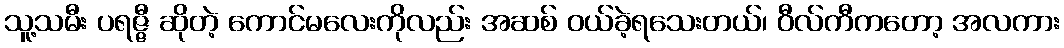
သူ့သမီး ပရဇ္ဇီ ဆိုတဲ့ ကောင်မလေးကိုလည်း အဆစ် ဝယ်ခဲ့ရသေးတယ်၊ ဝီလ်ကီကတော့ အလကား